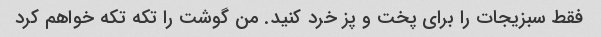
فقط سبزیجات را برای پخت و پز خرد کنید. من گوشت را تکه تکه خواهم کرد